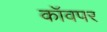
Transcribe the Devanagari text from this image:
कॉवपर